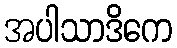
အပါသာဒိကေ